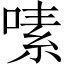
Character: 嗉